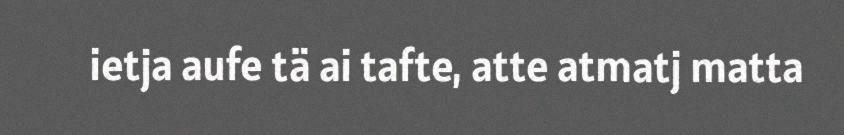
ietja aufe tä ai tafte, atte atmatj matta